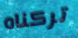
تركناه